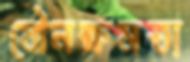
যৌনক্ষমতা